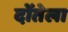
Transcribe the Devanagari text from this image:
दोंतेला